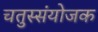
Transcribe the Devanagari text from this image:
चतुस्संयोजक